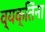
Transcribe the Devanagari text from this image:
व्यक्‍तिंना